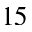
^ { 1 5 }